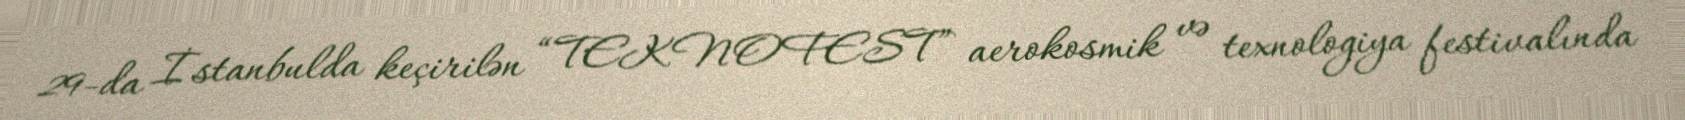
29-da İstanbulda keçirilən “TEKNOFEST” aerokosmik və texnologiya festivalında